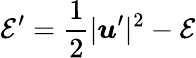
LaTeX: \mathcal{E}^{\prime}=\frac{1}{2}|\boldsymbol u^{\prime}|^{2}-\mathcal{E}